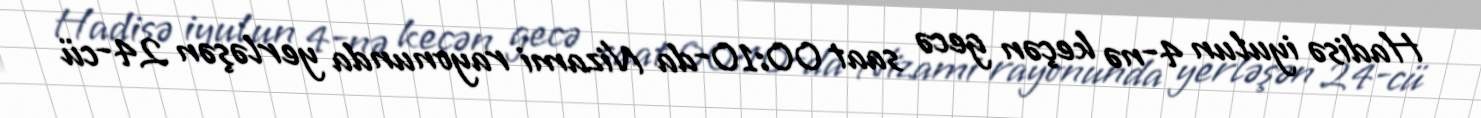
Hadisə iyulun 4-nə keçən gecə saat 00:10-da Nizami rayonunda yerləşən 24-cü